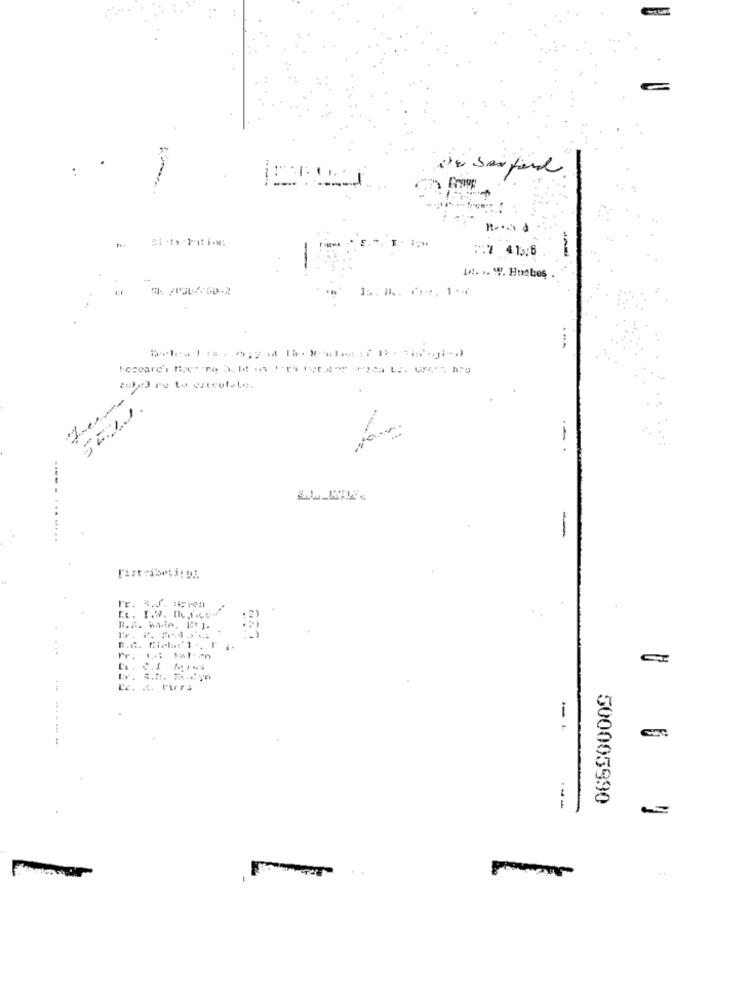
--
R .: d
7 :* 4126
-
1 .. .. "". Hunbes
----- .
....
R.B. W.6. 1: 1.
Pr .
Le. ... Pirr.
----
500005990
---